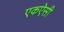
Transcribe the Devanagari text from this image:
एकऐसी